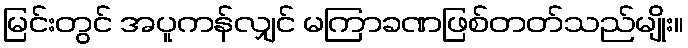
မြင်းတွင် အပူကန်လျှင် မကြာခဏဖြစ်တတ်သည်မျိုး။